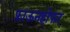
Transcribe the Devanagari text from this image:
फ्राऊनहोफर